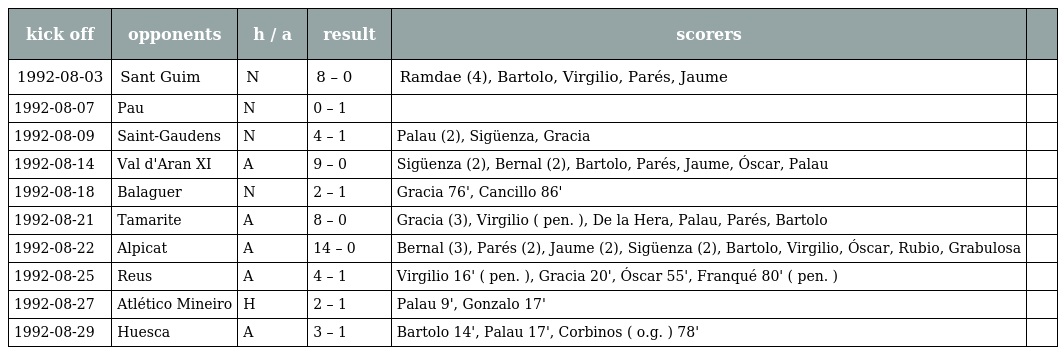
| kick off | opponents | h / a | result | scorers |  |
 | --- | --- | --- | --- | --- | --- |
 | 1992-08-03 | Sant Guim | N | 8 – 0 | Ramdae (4), Bartolo, Virgilio, Parés, Jaume |  |
 | 1992-08-07 | Pau | N | 0 – 1 |  |  |
 | 1992-08-09 | Saint-Gaudens | N | 4 – 1 | Palau (2), Sigüenza, Gracia |  |
 | 1992-08-14 | Val d'Aran XI | A | 9 – 0 | Sigüenza (2), Bernal (2), Bartolo, Parés, Jaume, Óscar, Palau |  |
 | 1992-08-18 | Balaguer | N | 2 – 1 | Gracia 76', Cancillo 86' |  |
 | 1992-08-21 | Tamarite | A | 8 – 0 | Gracia (3), Virgilio ( pen. ), De la Hera, Palau, Parés, Bartolo |  |
 | 1992-08-22 | Alpicat | A | 14 – 0 | Bernal (3), Parés (2), Jaume (2), Sigüenza (2), Bartolo, Virgilio, Óscar, Rubio, Grabulosa |  |
 | 1992-08-25 | Reus | A | 4 – 1 | Virgilio 16' ( pen. ), Gracia 20', Óscar 55', Franqué 80' ( pen. ) |  |
 | 1992-08-27 | Atlético Mineiro | H | 2 – 1 | Palau 9', Gonzalo 17' |  |
 | 1992-08-29 | Huesca | A | 3 – 1 | Bartolo 14', Palau 17', Corbinos ( o.g. ) 78' |  |